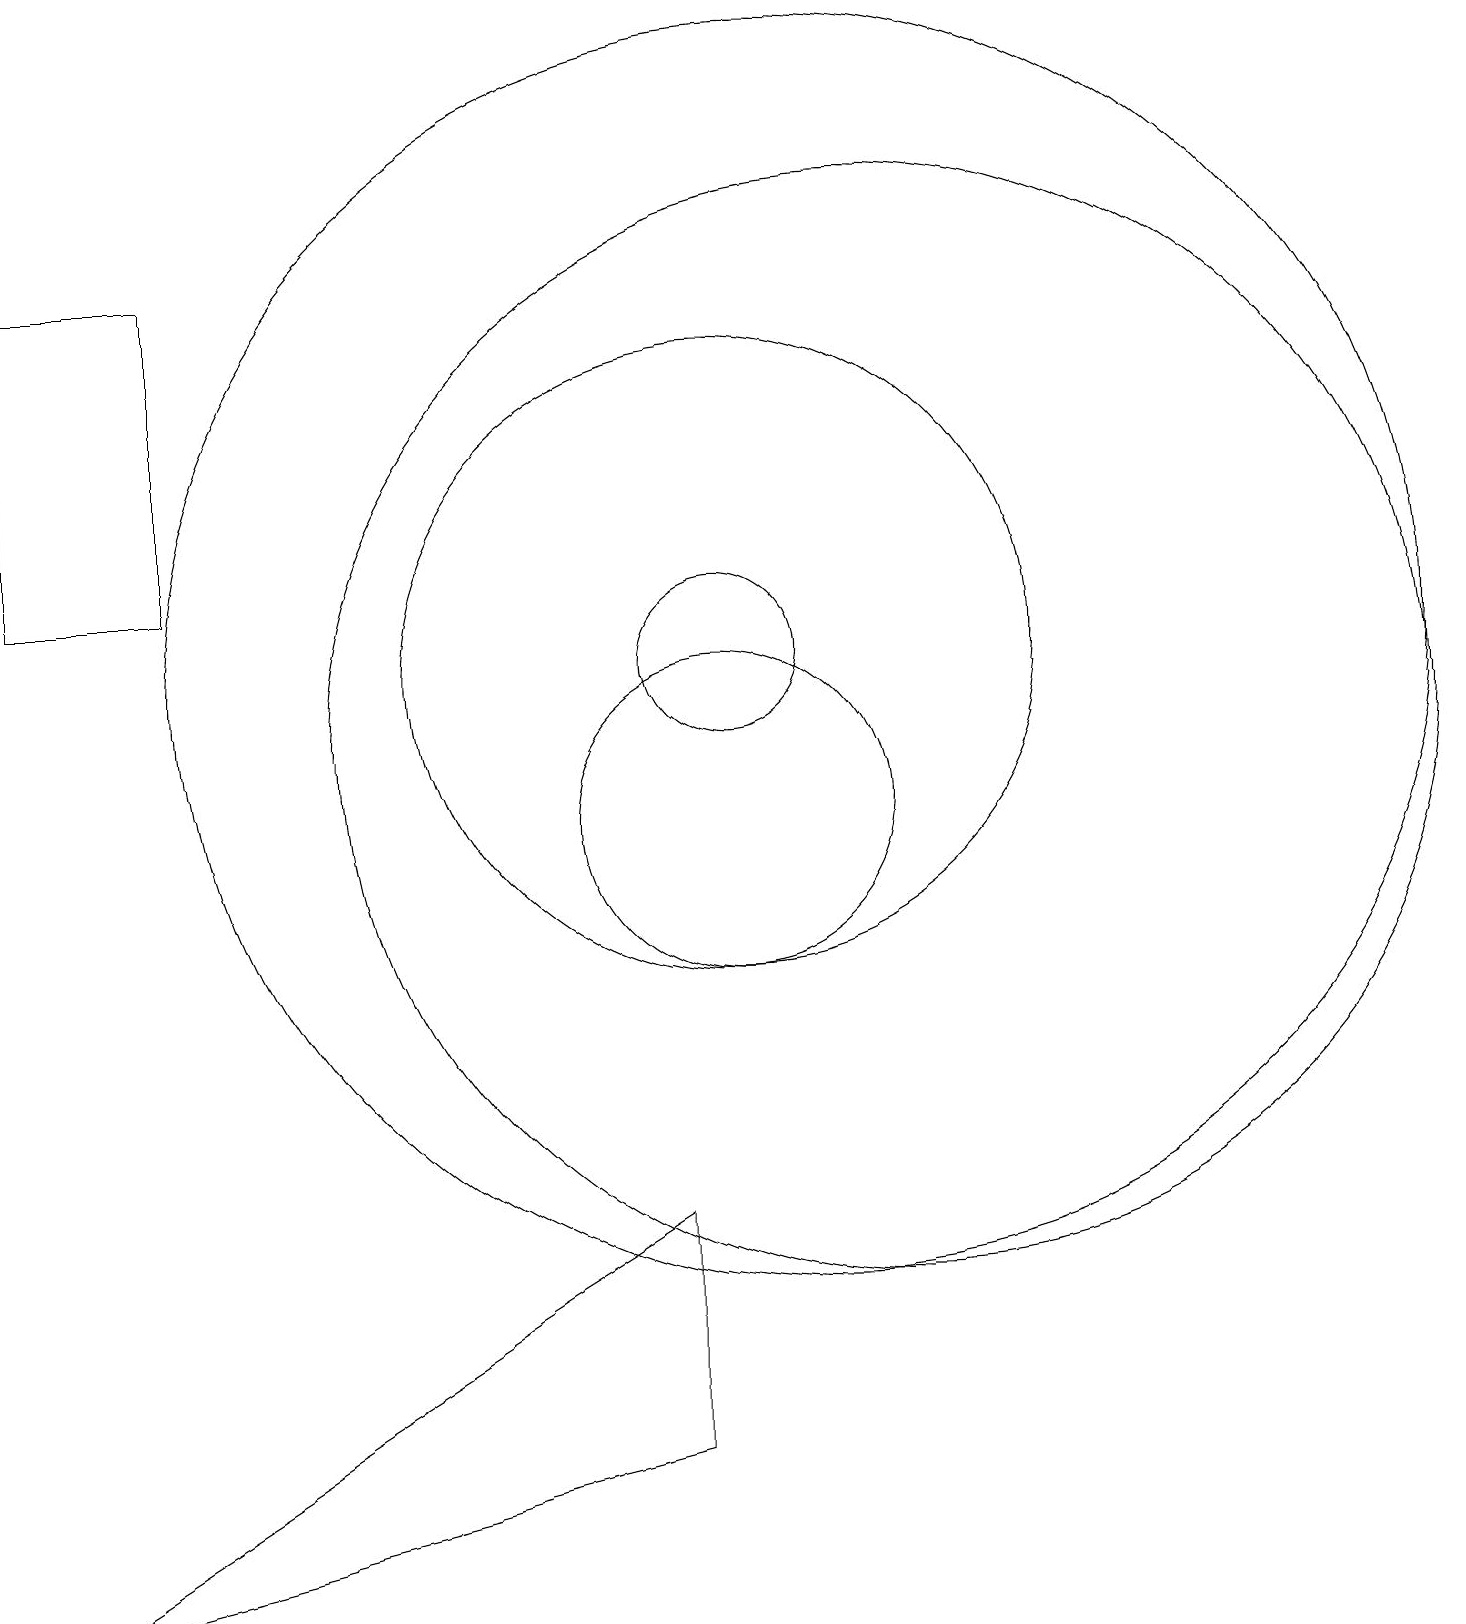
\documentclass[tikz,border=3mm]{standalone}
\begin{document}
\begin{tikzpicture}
\draw (1,0) -- (9,5) -- (9,2) -- cycle;
\draw (12,11) circle (7);
\draw (10,12) circle (4);
\draw (10,10) circle (2);
\draw (3,13) rectangle (1,17);
\draw (11,12) circle (8);
\draw (10,12) circle (1);
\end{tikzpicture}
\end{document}